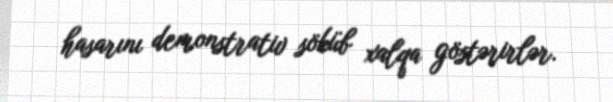
hasarını demonstrativ söküb xalqa göstərirlər.